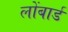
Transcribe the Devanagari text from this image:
लोंबार्ड